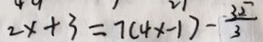
2 x + 3 = 7 ( 4 x - 1 ) - \frac { 3 2 } { 3 }